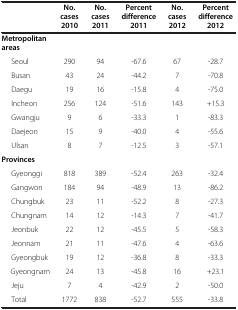
<table><thead><tr><td><b> </b></td><td><b>No. cases 2010</b></td><td><b>No. cases 2011</b></td><td><b>Percent difference 2011</b></td><td><b>No. cases 2012</b></td><td><b>Percent difference 2012</b></td></tr></thead><tbody><tr><td><b>Metropolitan areas</b></td><td> </td><td> </td><td> </td><td> </td><td> </td></tr><tr><td>Seoul</td><td>290</td><td>94</td><td>-67.6</td><td>67</td><td>-28.7</td></tr><tr><td>Busan</td><td>43</td><td>24</td><td>-44.2</td><td>7</td><td>-70.8</td></tr><tr><td>Daegu</td><td>19</td><td>16</td><td>-15.8</td><td>4</td><td>-75.0</td></tr><tr><td>Incheon</td><td>256</td><td>124</td><td>-51.6</td><td>143</td><td>+15.3</td></tr><tr><td>Gwangju</td><td>9</td><td>6</td><td>-33.3</td><td>1</td><td>-83.3</td></tr><tr><td>Daejeon</td><td>15</td><td>9</td><td>-40.0</td><td>4</td><td>-55.6</td></tr><tr><td>Ulsan</td><td>8</td><td>7</td><td>-12.5</td><td>3</td><td>-57.1</td></tr><tr><td><b>Provinces</b></td><td> </td><td> </td><td> </td><td> </td><td> </td></tr><tr><td>Gyeonggi</td><td>818</td><td>389</td><td>-52.4</td><td>263</td><td>-32.4</td></tr><tr><td>Gangwon</td><td>184</td><td>94</td><td>-48.9</td><td>13</td><td>-86.2</td></tr><tr><td>Chungbuk</td><td>23</td><td>11</td><td>-52.2</td><td>8</td><td>-27.3</td></tr><tr><td>Chungnam</td><td>14</td><td>12</td><td>-14.3</td><td>7</td><td>-41.7</td></tr><tr><td>Jeonbuk</td><td>22</td><td>12</td><td>-45.5</td><td>5</td><td>-58.3</td></tr><tr><td>Jeonnam</td><td>21</td><td>11</td><td>-47.6</td><td>4</td><td>-63.6</td></tr><tr><td>Gyeongbuk</td><td>19</td><td>12</td><td>-36.8</td><td>8</td><td>-33.3</td></tr><tr><td>Gyeongnam</td><td>24</td><td>13</td><td>-45.8</td><td>16</td><td>+23.1</td></tr><tr><td>Jeju</td><td>7</td><td>4</td><td>-42.9</td><td>2</td><td>-50.0</td></tr><tr><td>Total</td><td>1772</td><td>838</td><td>-52.7</td><td>555</td><td>-33.8</td></tr></tbody></table>